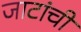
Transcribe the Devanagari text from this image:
जाटांची